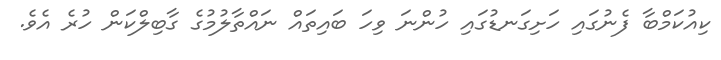
ކިއުކަމްބާ ފެނުގައި ހަށިގަނޑުގައި ހުންނަ ވިހަ ބައިތައް ނައްތާލުމުގެ ގާބިލްކަން ހުރެ އެވެ.